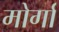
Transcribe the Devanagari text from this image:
मोर्गा